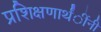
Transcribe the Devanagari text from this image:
प्रशिक्षणार्थंींनी